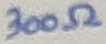
Text: 300Ω